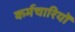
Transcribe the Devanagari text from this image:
कर्मचारियोँ